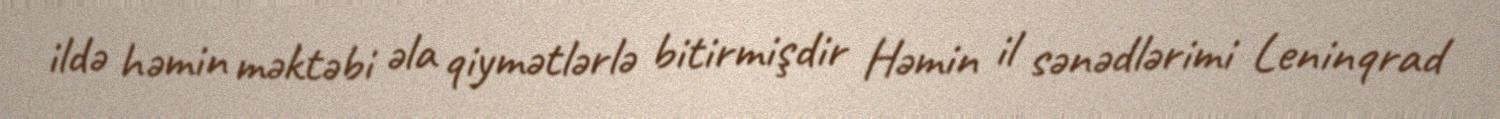
ildə həmin məktəbi əla qiymətlərlə bitirmişdir Həmin il sənədlərimi Leninqrad